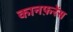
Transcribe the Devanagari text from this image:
कानफ़रेंस